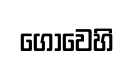
ගෝවෙහි